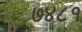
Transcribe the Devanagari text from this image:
७४८१